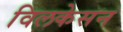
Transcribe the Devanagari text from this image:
विलकेसन